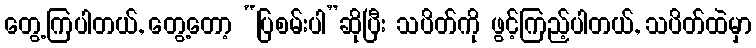
တွေ့ကြပါတယ်, တွေ့တော့ “ပြစမ်းပါ”ဆိုပြီး သပိတ်ကို ဖွင့်ကြည့်ပါတယ်, သပိတ်ထဲမှာ